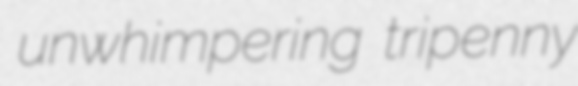
unwhimpering tripenny